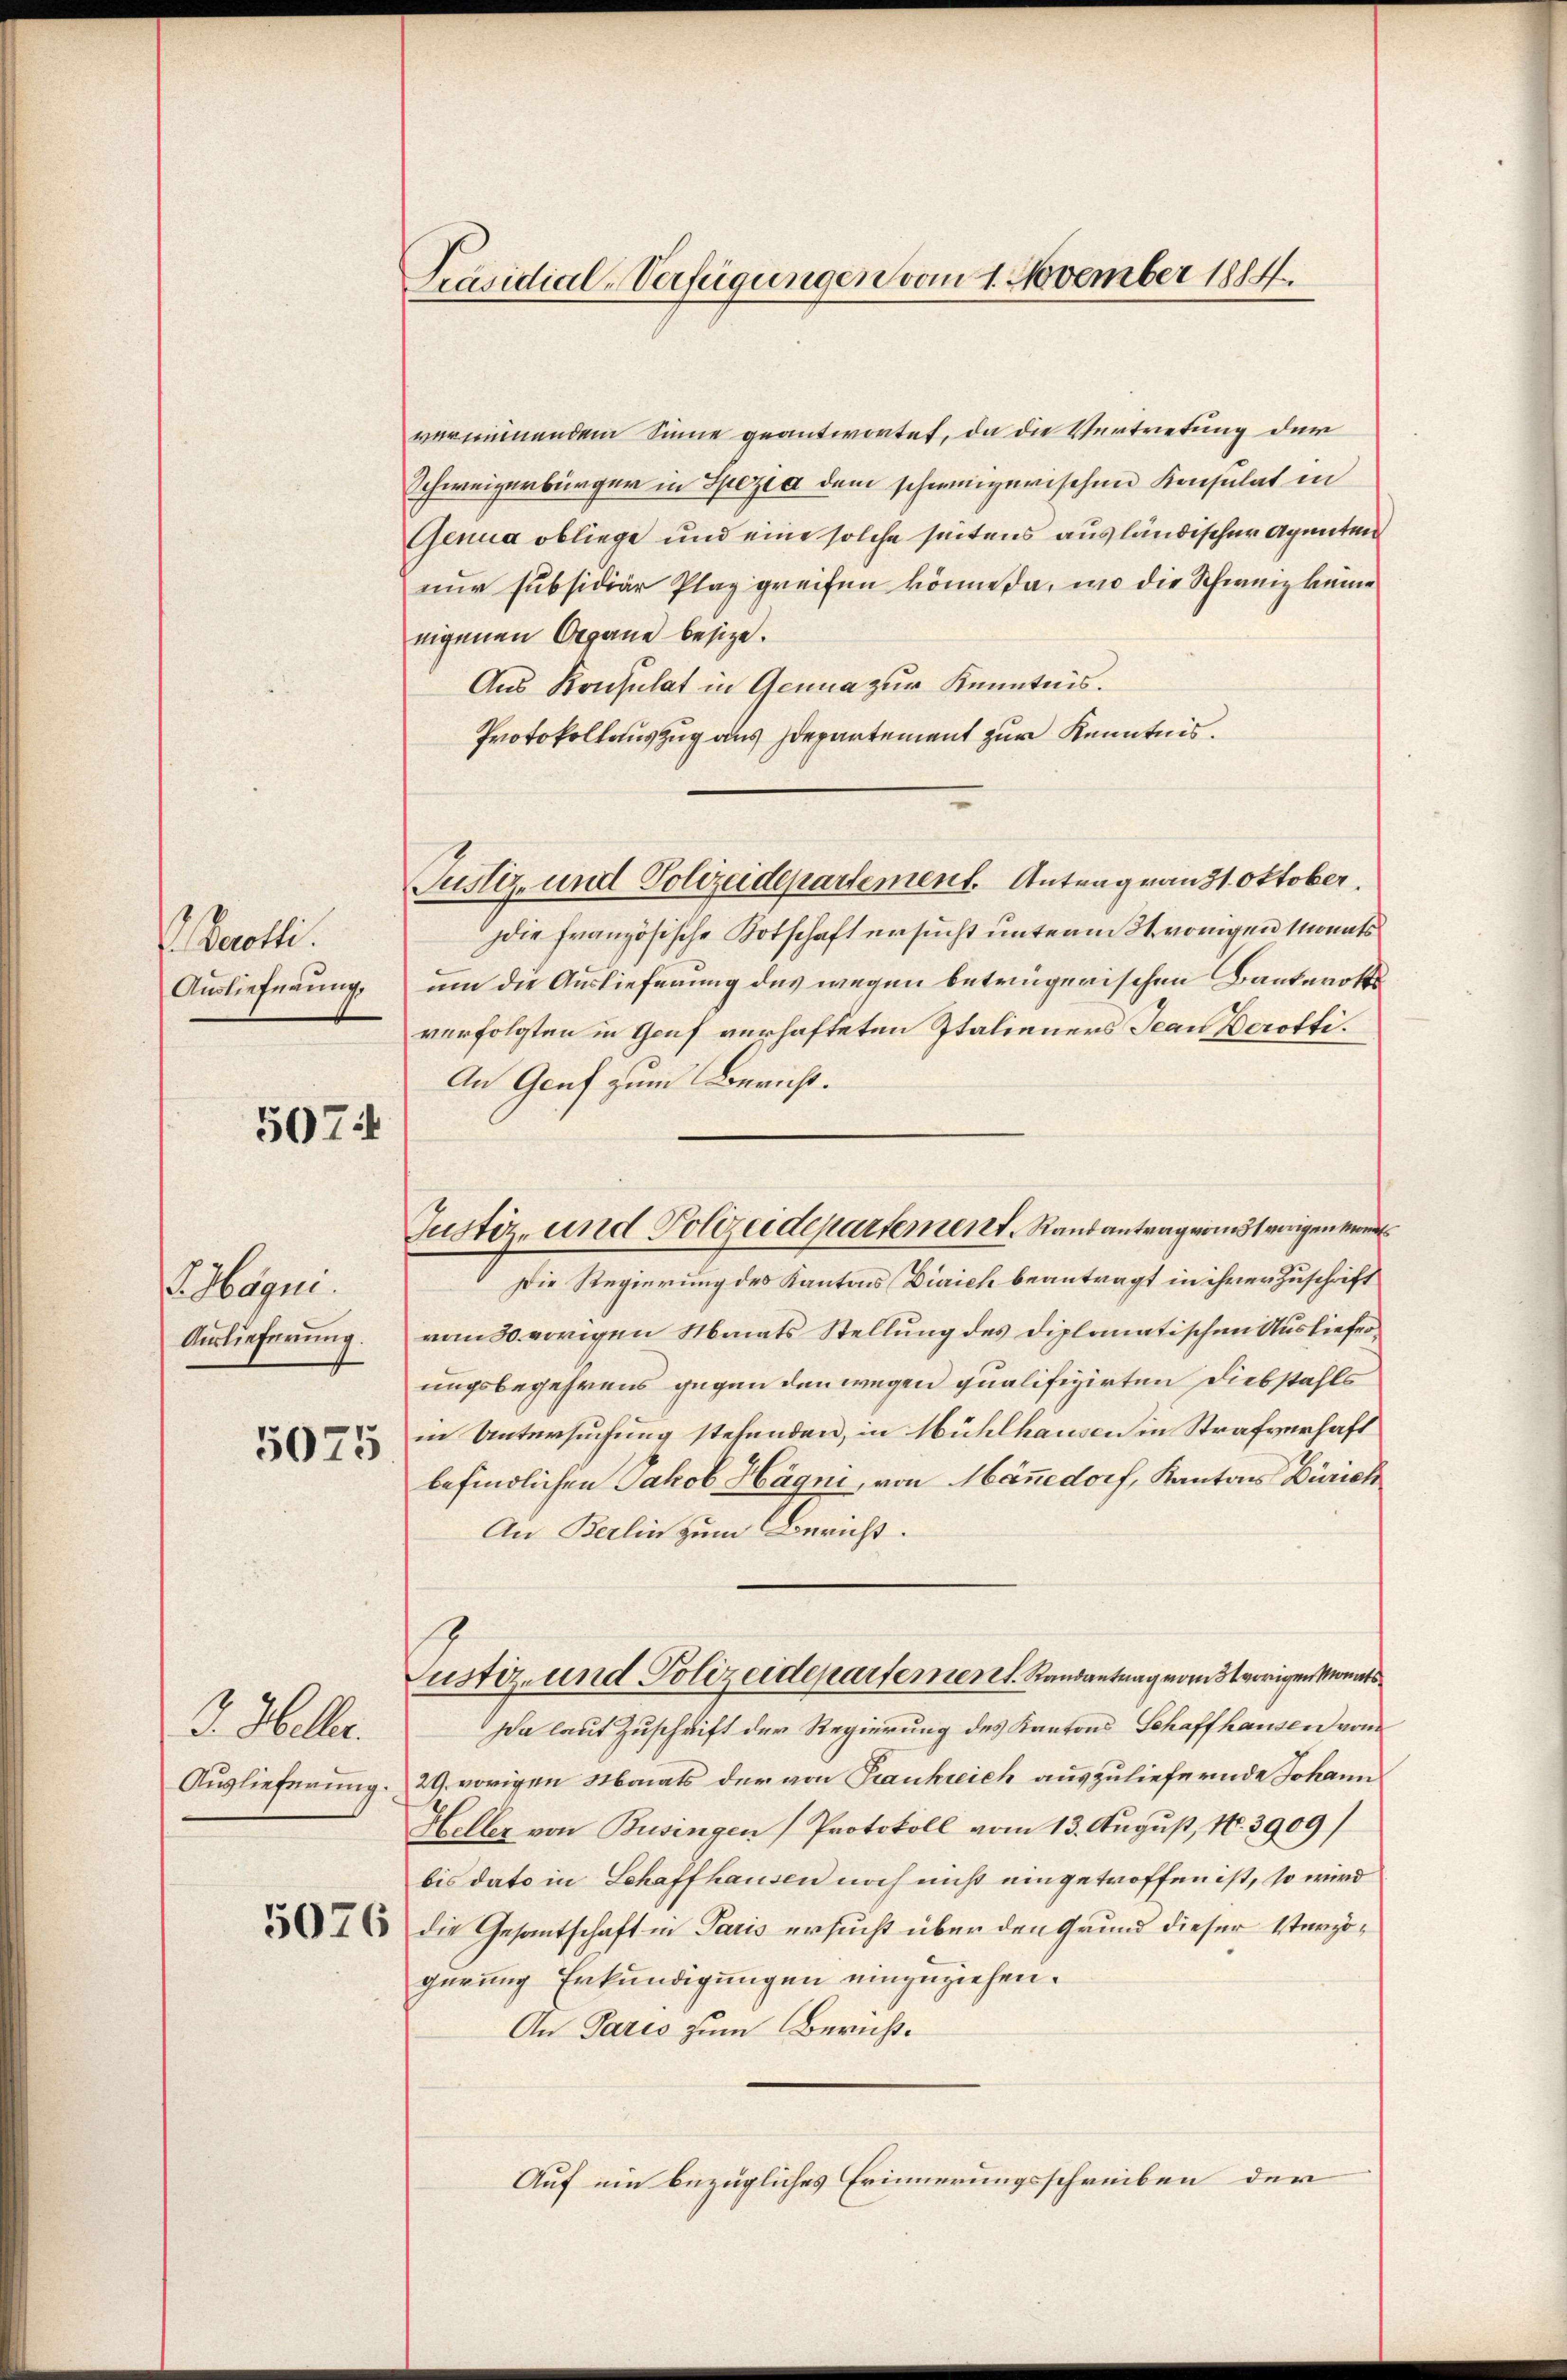
Berolle.
Auslieferung.

507

S Häqui.

5075

3. Heller.
Auslieferung

5076

Präsidial-Verfügungen vom 1. November 1814.

verminnendem Sinne geantwortet, da die Vertretung der
Schweizerbürger in Spezia dem schweizerischen Konsulat in
Genua obliege und eine solche seitens ausländischer Agenten
nur subsidiär Plaz greifen könne da, wo die Schweiz keine
eigenen Organe besize.
Aus Konsulat in Genua zur Kenntnis.
Protokollauszug aus Departement zur Kenntnis.
Justiz- und Polizeidepartement. Antragrant Oktober.
die Französische Botschaft ersucht unterm 31. vorigen Monats
um die Auslieferung des wegen betrügerischen Bauterottsverfolgten in Genf verhafteten Italieners Jean Perotti.
An Graf zum Bericht.
Die Regierung des Kantons Zürich beantragt in ihrer Zuschrift
Auslieferung vom 30. vorigen Monats Stellung des Diplomatischen Auslieferungsbegehrens gegen den wegen qualifizirten Diebstahls
in Untersuchung stehenden, in Mühlhausen in Strafverhaft
befindlichen Jakob Hägni, von Männedorf, Kantons Zürich
An Berlin zum Bericht.
Justiz- und Polizeidepartementl. Randantrag vom 31 vorigen Monats¬
Da laut Zuschrift der Regierung des Kantons Schaffhausen vom
29. vorigen Monats der von Frankreich auszuliefernde Johann
Heller von Busingen Protokoll vom 13. August, No. 3909/
bis dato in Schaffhausen noch nicht eingetroffen ist, so wird
die Gesantschaft in Paris ersucht über den Grund dieser Verzögerung Erkundigungen einzuziehen.
An Paris zum Bericht.
Auf ein bezügliches Erinnerungsschreiben der

Justiz- und Polizeidepartement. Randantragenst vorigen Mon